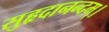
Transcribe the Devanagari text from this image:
सुहृदानन्दम्‌।